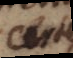
Certe